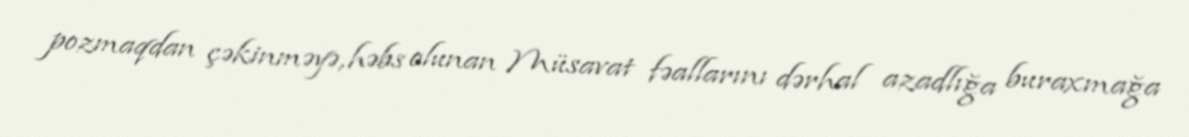
pozmaqdan çəkinməyə, həbs olunan Müsavat fəallarını dərhal azadlığa buraxmağa